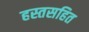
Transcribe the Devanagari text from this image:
हस्तसहित